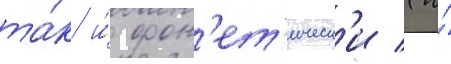
та́к и́ фон'ет'ическ'и (и́